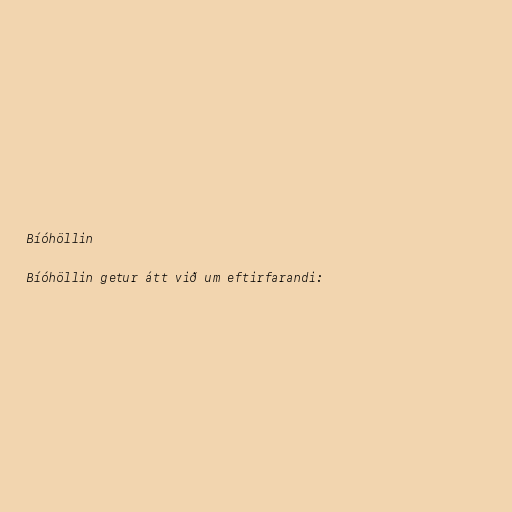
Bíóhöllin

Bíóhöllin getur átt við um eftirfarandi: